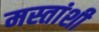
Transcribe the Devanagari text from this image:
मस्तांशी